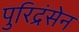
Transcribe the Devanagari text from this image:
पुरिद्रंसेन